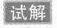
试解